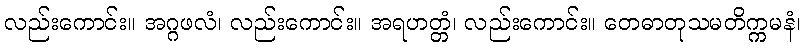
လည်းကောင်း။ အဂ္ဂဖလံ၊ လည်းကောင်း။ အရဟတ္တံ၊ လည်းကောင်း။ တေဓာတုသမတိက္ကမနံ၊